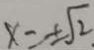
x = \pm \sqrt { 2 }